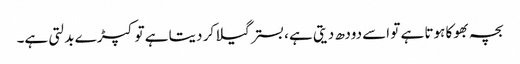
بچہ بھوکا ہوتا ہے تو اسے دودھ دیتی ہے ، بستر گیلا کر دیتا ہے تو کپڑ ے بدلتی ہے۔